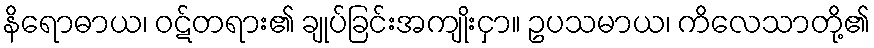
နိရောဓာယ၊ ဝဋ်တရား၏ ချုပ်ခြင်းအကျိုးငှာ။ ဥပသမာယ၊ ကိလေသာတို့၏